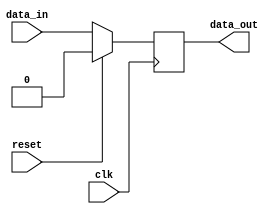
module synchronous_logic_block (
    input wire clk,
    input wire reset,
    input wire data_in,
    output reg data_out
);

always @ (posedge clk) begin
    if (reset) begin
        // Reset action
        data_out <= 1'b0;
    end else begin
        // Synchronous action
        data_out <= data_in;
    end
end

endmodule